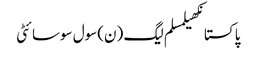
پاکستانکھیلمسلم لیگ (ن)سول سوسائٹی